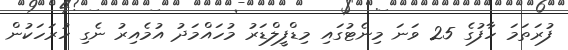
ފުރަތަމަ ހާފުގެ 25 ވަނަ މިނެޓުގައި މިޑްފީލްޑަރު މުހައްމަދު އުމެއިރު ނެގި ހުރަހަކުން